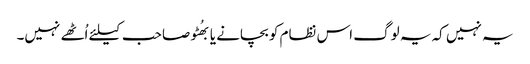
یہ نہیں کہ یہ لوگ اس نظام کو بچانے یا بھُٹو صاحب کیلئے اُٹھے نہیں۔